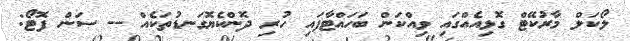
ލޯކަލް މާރުކޭޓް ގޮޅިއެއްގައި ވިއްކަން ބަހައްޓާފައި ހުރި ދޮންކެޔޮގަނޑުތަކެއް -- ސަން ފޮޓޯ: